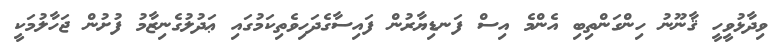
ވިދާޅުވީހީ ޤާނޫނު ހިންގަންތިބި އެެންމެ އިސް ފަނޑިޔާރުން ފައިސާގެދަހިވެތިކަމުގައި ޢަދުލުގެނިޒާމު ފުށުން ޖަހާލުމަކީ